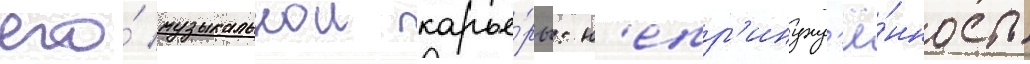
его́ музыкальнои карье́ры: н'епр'инужд'ё́нность